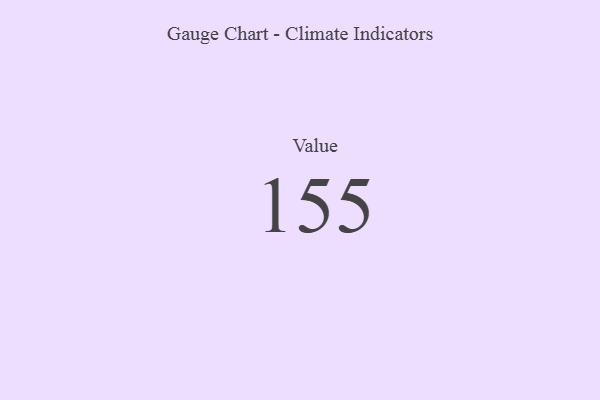
{"axis": {"x": "Metric", "y": "Value"}, "legend": [""], "data": [{"x": "Value", "y": 155, "type": ""}]}